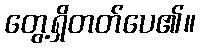
တွေ့ရှိတတ်ပေ၏။